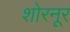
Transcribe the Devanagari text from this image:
शोरनूर